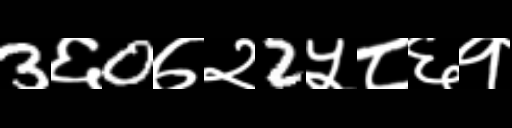
Text: 3६0७२2५८६१